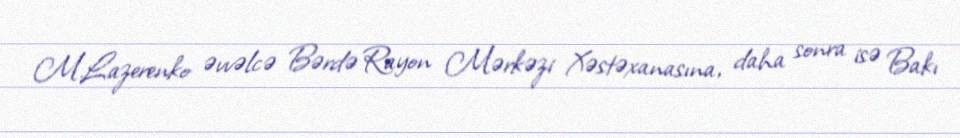
M.Lazerenko əvvəlcə Bərdə Rayon Mərkəzi Xəstəxanasına, daha sonra isə Bakı